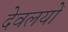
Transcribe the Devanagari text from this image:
देवलयों